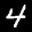
Label: 4